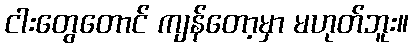
ငါးတွေတောင် ကျန်တော့မှာ မဟုတ်ဘူး။